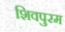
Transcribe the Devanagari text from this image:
शिवपुरम